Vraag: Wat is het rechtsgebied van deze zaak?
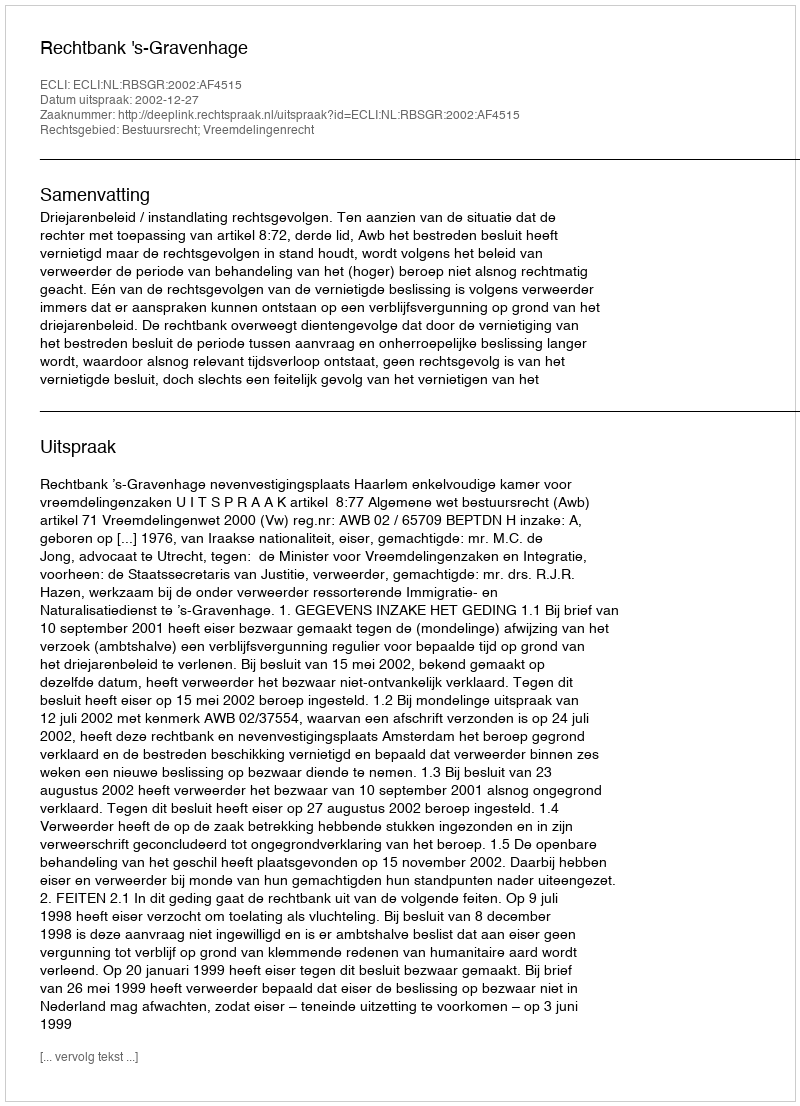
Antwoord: Bestuursrecht; Vreemdelingenrecht